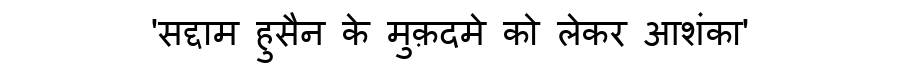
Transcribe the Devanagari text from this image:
'सद्दाम हुसैन के मुक़दमे को लेकर आशंका'